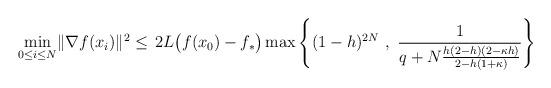
LaTeX: \begin{align*}\begin{aligned} \min_{0 {} \leq {} i {} \leq {} N} & \|\nabla f(x_i)\|^2 {} \leq {} \, 2 L \big(f(x_0)-f_*\big) \max \left\{ (1-h)^{2N} \ , \ \frac{1}{q + N \frac{h(2-h)(2-\kappa h)}{2-h \left(1+\kappa \right)}} \right\}\end{aligned}\end{align*}